Annual report on the Civil Veterinary Department, Burma (including the Insein Veterinary School) - 1923-1931
Year: 1923
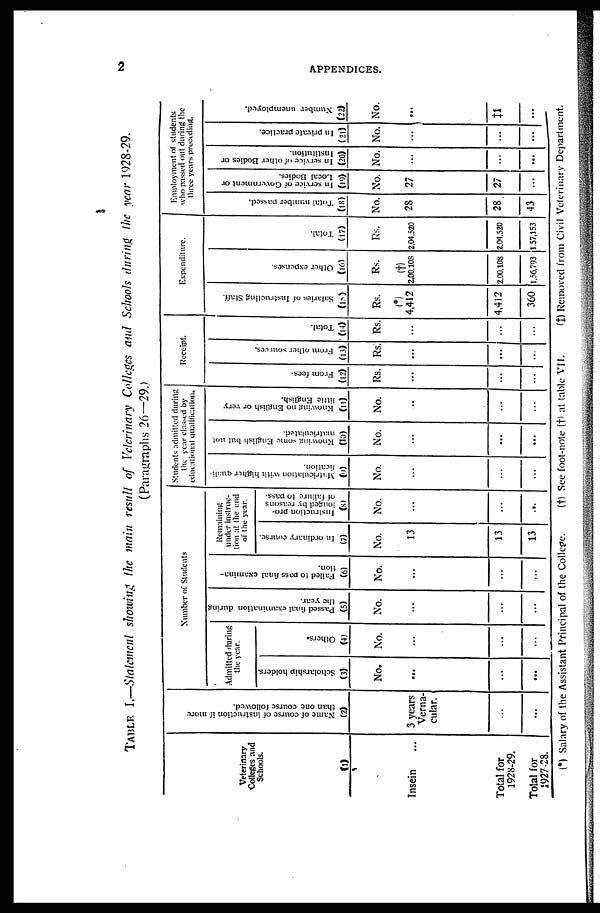
2
APPENDICES.
TABLE I.—Statement showing the main result of Veterinary
Colleges and Schools during
the year 1928-29.
(Paragraphs 26—29.)
Veterinary
Colleges and
Schools.
(1)
Insein ...
Total for
1928-29.
Total for
1927-28.
Name of course of instruction if more
than one course followed.
(2)
3 years
Verna-
cular.
...
...
Number of Students
Admitted during
the year.
Scholarship holders.
(3)
No.
...
...
...
Others.
(4)
No.
...
...
...
Passed final examination during the year.
(5)
No.
...
...
...
Failed to pass final examina¬tion.
(6)
No.
...
...
...
Remaining
under instruc-
tion at the end
of the year.
In ordinary course.
(7)
No.
13
13
13
Instruction pro-
longed by reasons
of failure to pass.
(8)
No.
...
...
...
Students admitted during
the year classed by
educational qualification.
Matriculation with higher quali-
fication.
(9)
No.
...
...
...
Knowing some English but not
matriculated.
(10)
No.
...
...
...
Knowing no English or very
little English.
(11)
No.
..
...
...
Receipt.
From fees.
(12)
Rs.
...
...
...
From other sources.
(13)
Rs.
...
...
...
Total.
(14)
Rs.
...
...
...
Expenditure.
Salaries of Instructing Staff.
(15)
Rs.
(*)
4,412
4,412
360
Other expenses.
(16)
Rs.
(†)
2,00,108
2,00,108
1,56,793
Total.
(17)
Rs.
2,04,520
2,04,520
1,57,153
Employment of students
who passed out during the
three years preceding.
Total number passed.
(18)
No.
28
28
43
In service of Government or
Local Bodies.
(19)
No.
27
27
...
In service of other Bodies or
Institution.
(20)
No.
...
...
...
In private practice.
(21)
No.
...
...
...
Number unemployed.
(22)
No.
...
‡1
...
(*) Salary of the Assistant Principal of the College.
(†) See foot-note (†) at table VII.
(‡) Removed from Civil Veterinary Department.